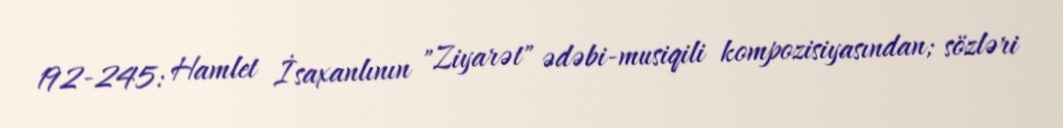
192-245: Hamlet İsaxanlının "Ziyarət" ədəbi-musiqili kompozisiyasından; sözləri